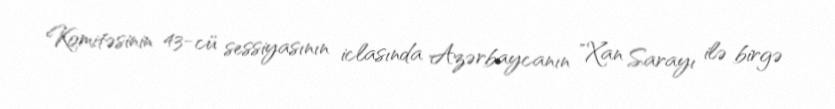
Komitəsinin 43-cü sessiyasının iclasında Azərbaycanın "Xan Sarayı ilə birgə